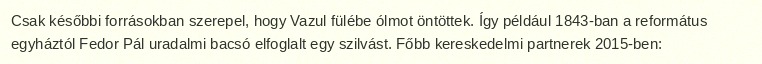
Csak későbbi forrásokban szerepel, hogy Vazul fülébe ólmot öntöttek. Így például 1843-ban a református egyháztól Fedor Pál uradalmi bacsó elfoglalt egy szilvást. Főbb kereskedelmi partnerek 2015-ben: